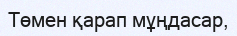
Төмен қарап мұңдасар,